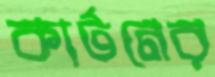
কার্টনের